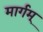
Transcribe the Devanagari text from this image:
मार्गम्‌